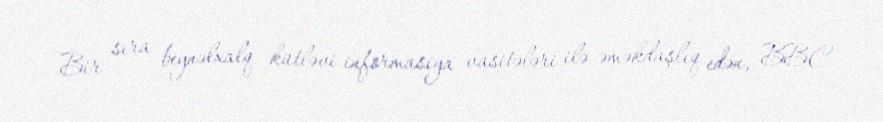
Bir sıra beynəlxalq kütləvi informasiya vasitələri ilə əməkdaşlıq edən, BBC